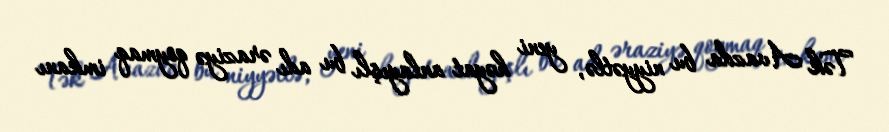
Tək Avazda bu niyyətlə, yeni həyat anlayışlı bu adı əraziyə qoymaq imkanı